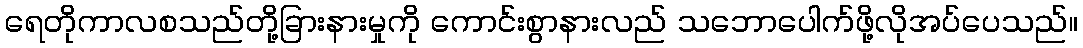
ရေတိုကာလစသည်တို့ခြားနားမှုကို ကောင်းစွာနားလည် သဘောပေါက်ဖို့လိုအပ်ပေသည်။